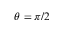
\theta = \pi / 2